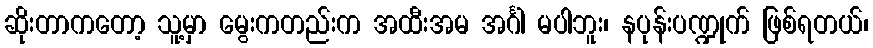
ဆိုးတာကတော့ သူ့မှာ မွေးကတည်းက အထီးအမ အင်္ဂါ မပါဘူး၊ နပုန်းပဏ္ဍုက် ဖြစ်ရတယ်၊